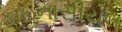
ફાઇનાસીયલ